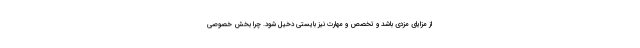
از مزایای مزدی باشد و تخصص و مهارت نیز بایستی دخیل شود. چرا بخش خصوصی